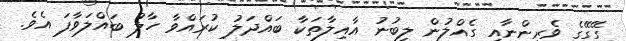
ގޭގޭގެ ވެރިންނާއި ގެއްލުން ލިބުނު އާއިލާތަކާ ބައްދަލު ކުރައްވާ ހާލު ބައްލަވާފަ އެވެ.